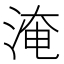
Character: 淹